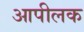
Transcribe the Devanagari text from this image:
आपीलक